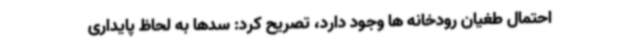
احتمال طغیان رودخانه ها وجود دارد، تصریح کرد: سدها به لحاظ پایداری